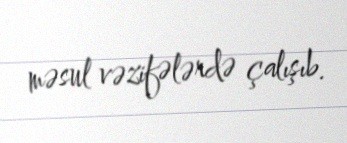
məsul vəzifələrdə çalışıb.